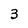
Character: 3